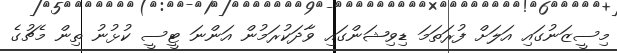
މިސީޒަނުގައި އަލަށް ފުރަތަމަ ޑިވިޝަންގައި ވާދަކުރަމުން އަންނަ ޓީސީ ކުޅުނު ތިން މެޗުގެ